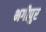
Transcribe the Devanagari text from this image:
भगीपुर